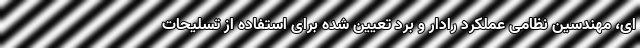
ای، مهندسین نظامی عملکرد رادار و برد تعیین شده برای استفاده از تسلیحات